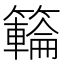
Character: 𥶡